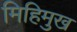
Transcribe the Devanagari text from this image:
मिहिमुख